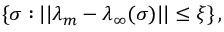
\{ \sigma : \lvert \lvert \lambda _ { m } - \lambda _ { \infty } ( \sigma ) \rvert \rvert \leq \xi \} \, ,